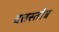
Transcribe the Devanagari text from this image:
दत्तस्तोत्र